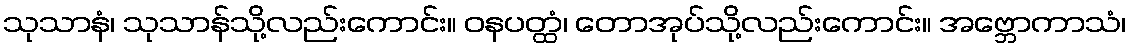
သုသာနံ၊ သုသာန်သို့လည်းကောင်း။ ဝနပတ္ထံ၊ တောအုပ်သို့လည်းကောင်း။ အဗ္ဘောကာသံ၊